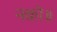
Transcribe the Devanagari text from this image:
नको॥